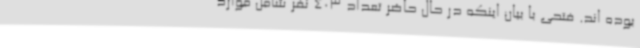
بوده اند. فتحی با بیان اینکه در حال حاضر تعداد 403 نفر شامل موارد